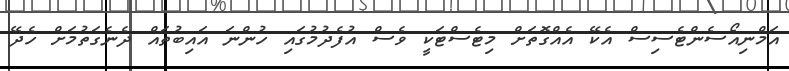
އަމްނިއޯސެންޓެސިސް އެކޭ އެއްގޮތަށް މިޓެސްޓަކީ ވެސް އުފެދުމުގައި ހުންނަ އައިބުތައް ދެނެގަތުމަށް ހެދޭ